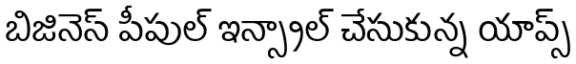
బిజినెస్ పీపుల్ ఇన్స్టాల్ చేసుకున్న యాప్స్